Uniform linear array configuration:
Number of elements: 4
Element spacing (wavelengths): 0.25
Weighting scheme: hamming
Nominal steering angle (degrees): -45
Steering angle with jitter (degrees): -45.611
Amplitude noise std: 0.05
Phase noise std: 0.05

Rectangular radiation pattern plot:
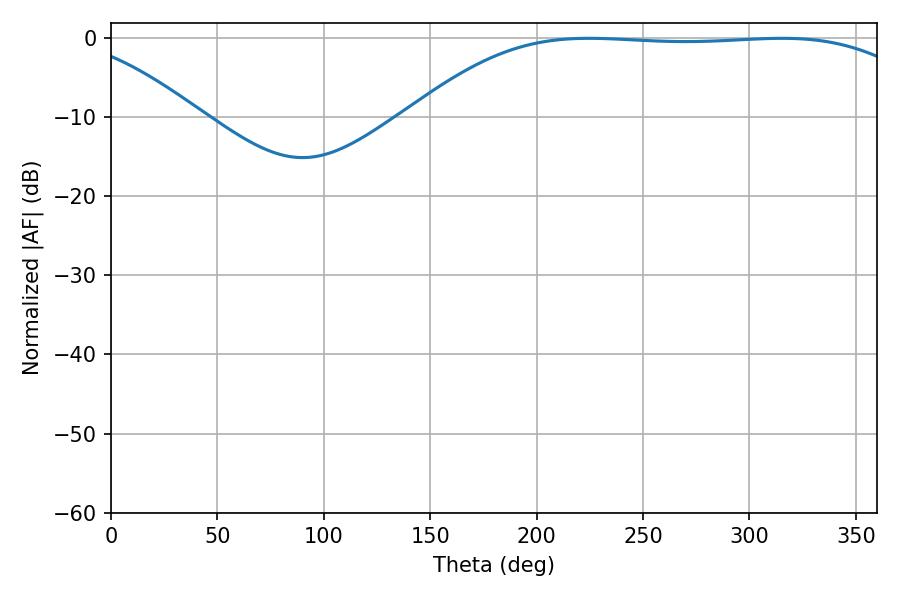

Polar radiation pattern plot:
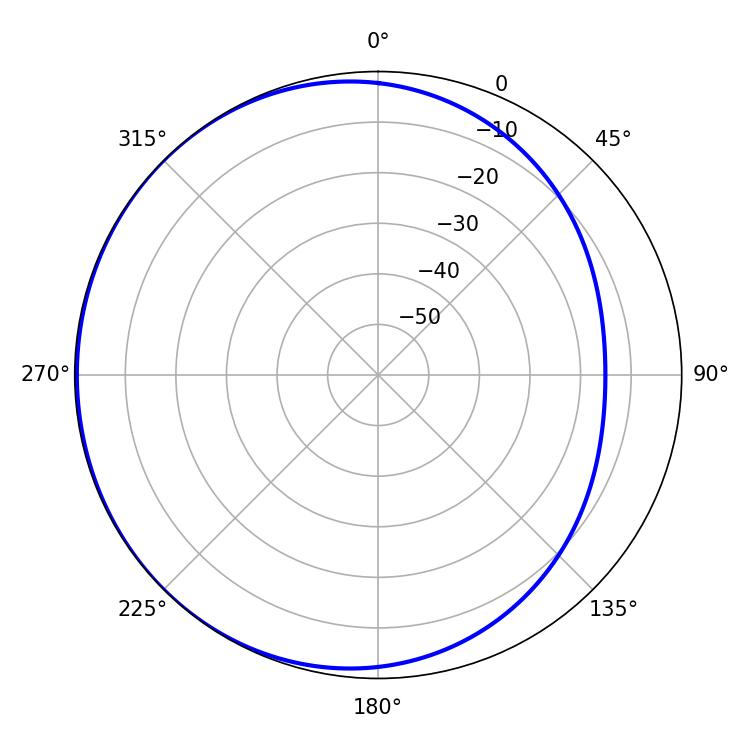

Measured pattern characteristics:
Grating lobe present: FALSE
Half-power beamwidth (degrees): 185.76
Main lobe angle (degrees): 224.64